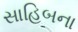
સાહિબના